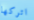
اتركها